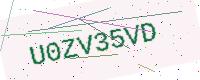
Text: U0ZV35VD